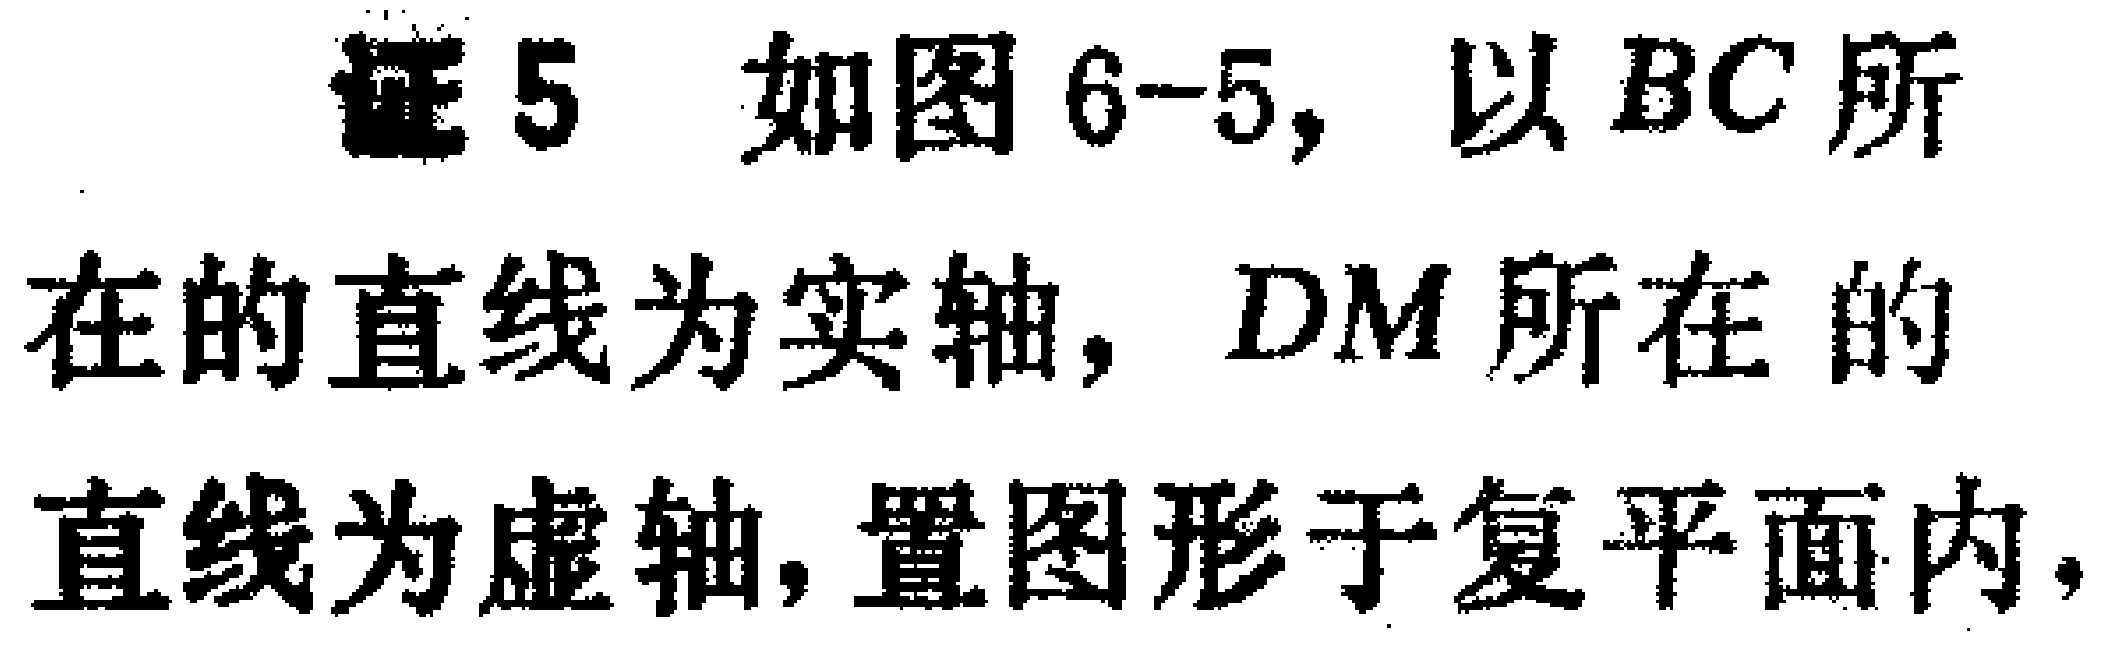
证5 如图6-5, 以$BC$所在的直线为实轴, $DM$所在的直线为虚轴, 置图形于复平面内,